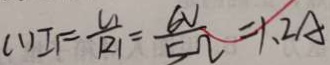
( 1 ) I 1 = \frac { U 1 } { R 1 } = \frac { 6 V } { 5 \Omega } = 1 . 2 A